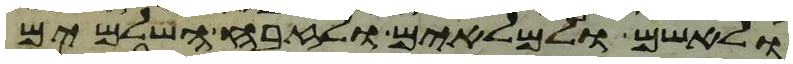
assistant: ולאשם ולמלאים ולזבח השלמים